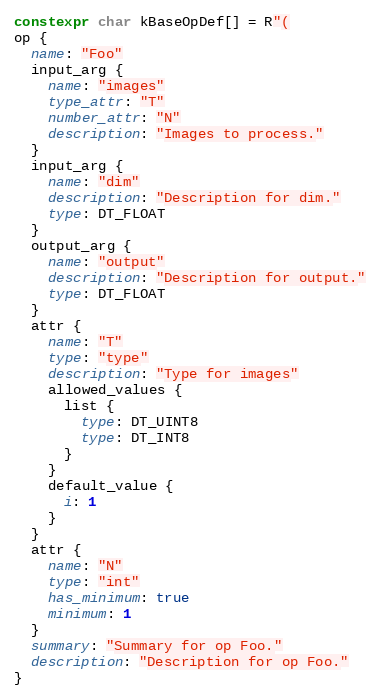
Language: C++
constexpr char kBaseOpDef[] = R"(
op {
  name: "Foo"
  input_arg {
    name: "images"
    type_attr: "T"
    number_attr: "N"
    description: "Images to process."
  }
  input_arg {
    name: "dim"
    description: "Description for dim."
    type: DT_FLOAT
  }
  output_arg {
    name: "output"
    description: "Description for output."
    type: DT_FLOAT
  }
  attr {
    name: "T"
    type: "type"
    description: "Type for images"
    allowed_values {
      list {
        type: DT_UINT8
        type: DT_INT8
      }
    }
    default_value {
      i: 1
    }
  }
  attr {
    name: "N"
    type: "int"
    has_minimum: true
    minimum: 1
  }
  summary: "Summary for op Foo."
  description: "Description for op Foo."
}